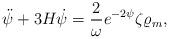
LaTeX: \begin{align*}\ddot{\psi}+3H\dot{\psi}={2\over\omega}e^{-2\psi}\zeta\varrho_m,\end{align*}